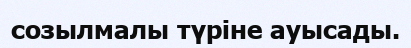
созылмалы түріне ауысады.